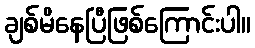
ချစ်မိနေပြီဖြစ်ကြောင်းပါ။